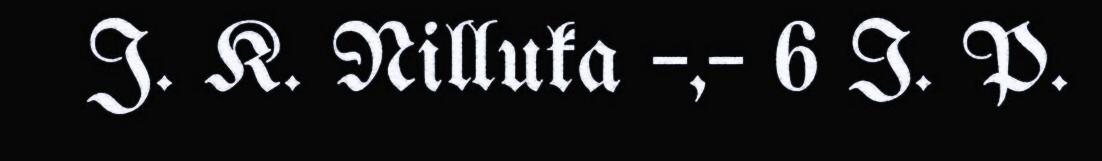
J. K. Nilluka –,– 6 I. P.